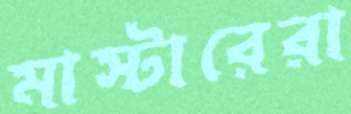
মাস্টারেরা